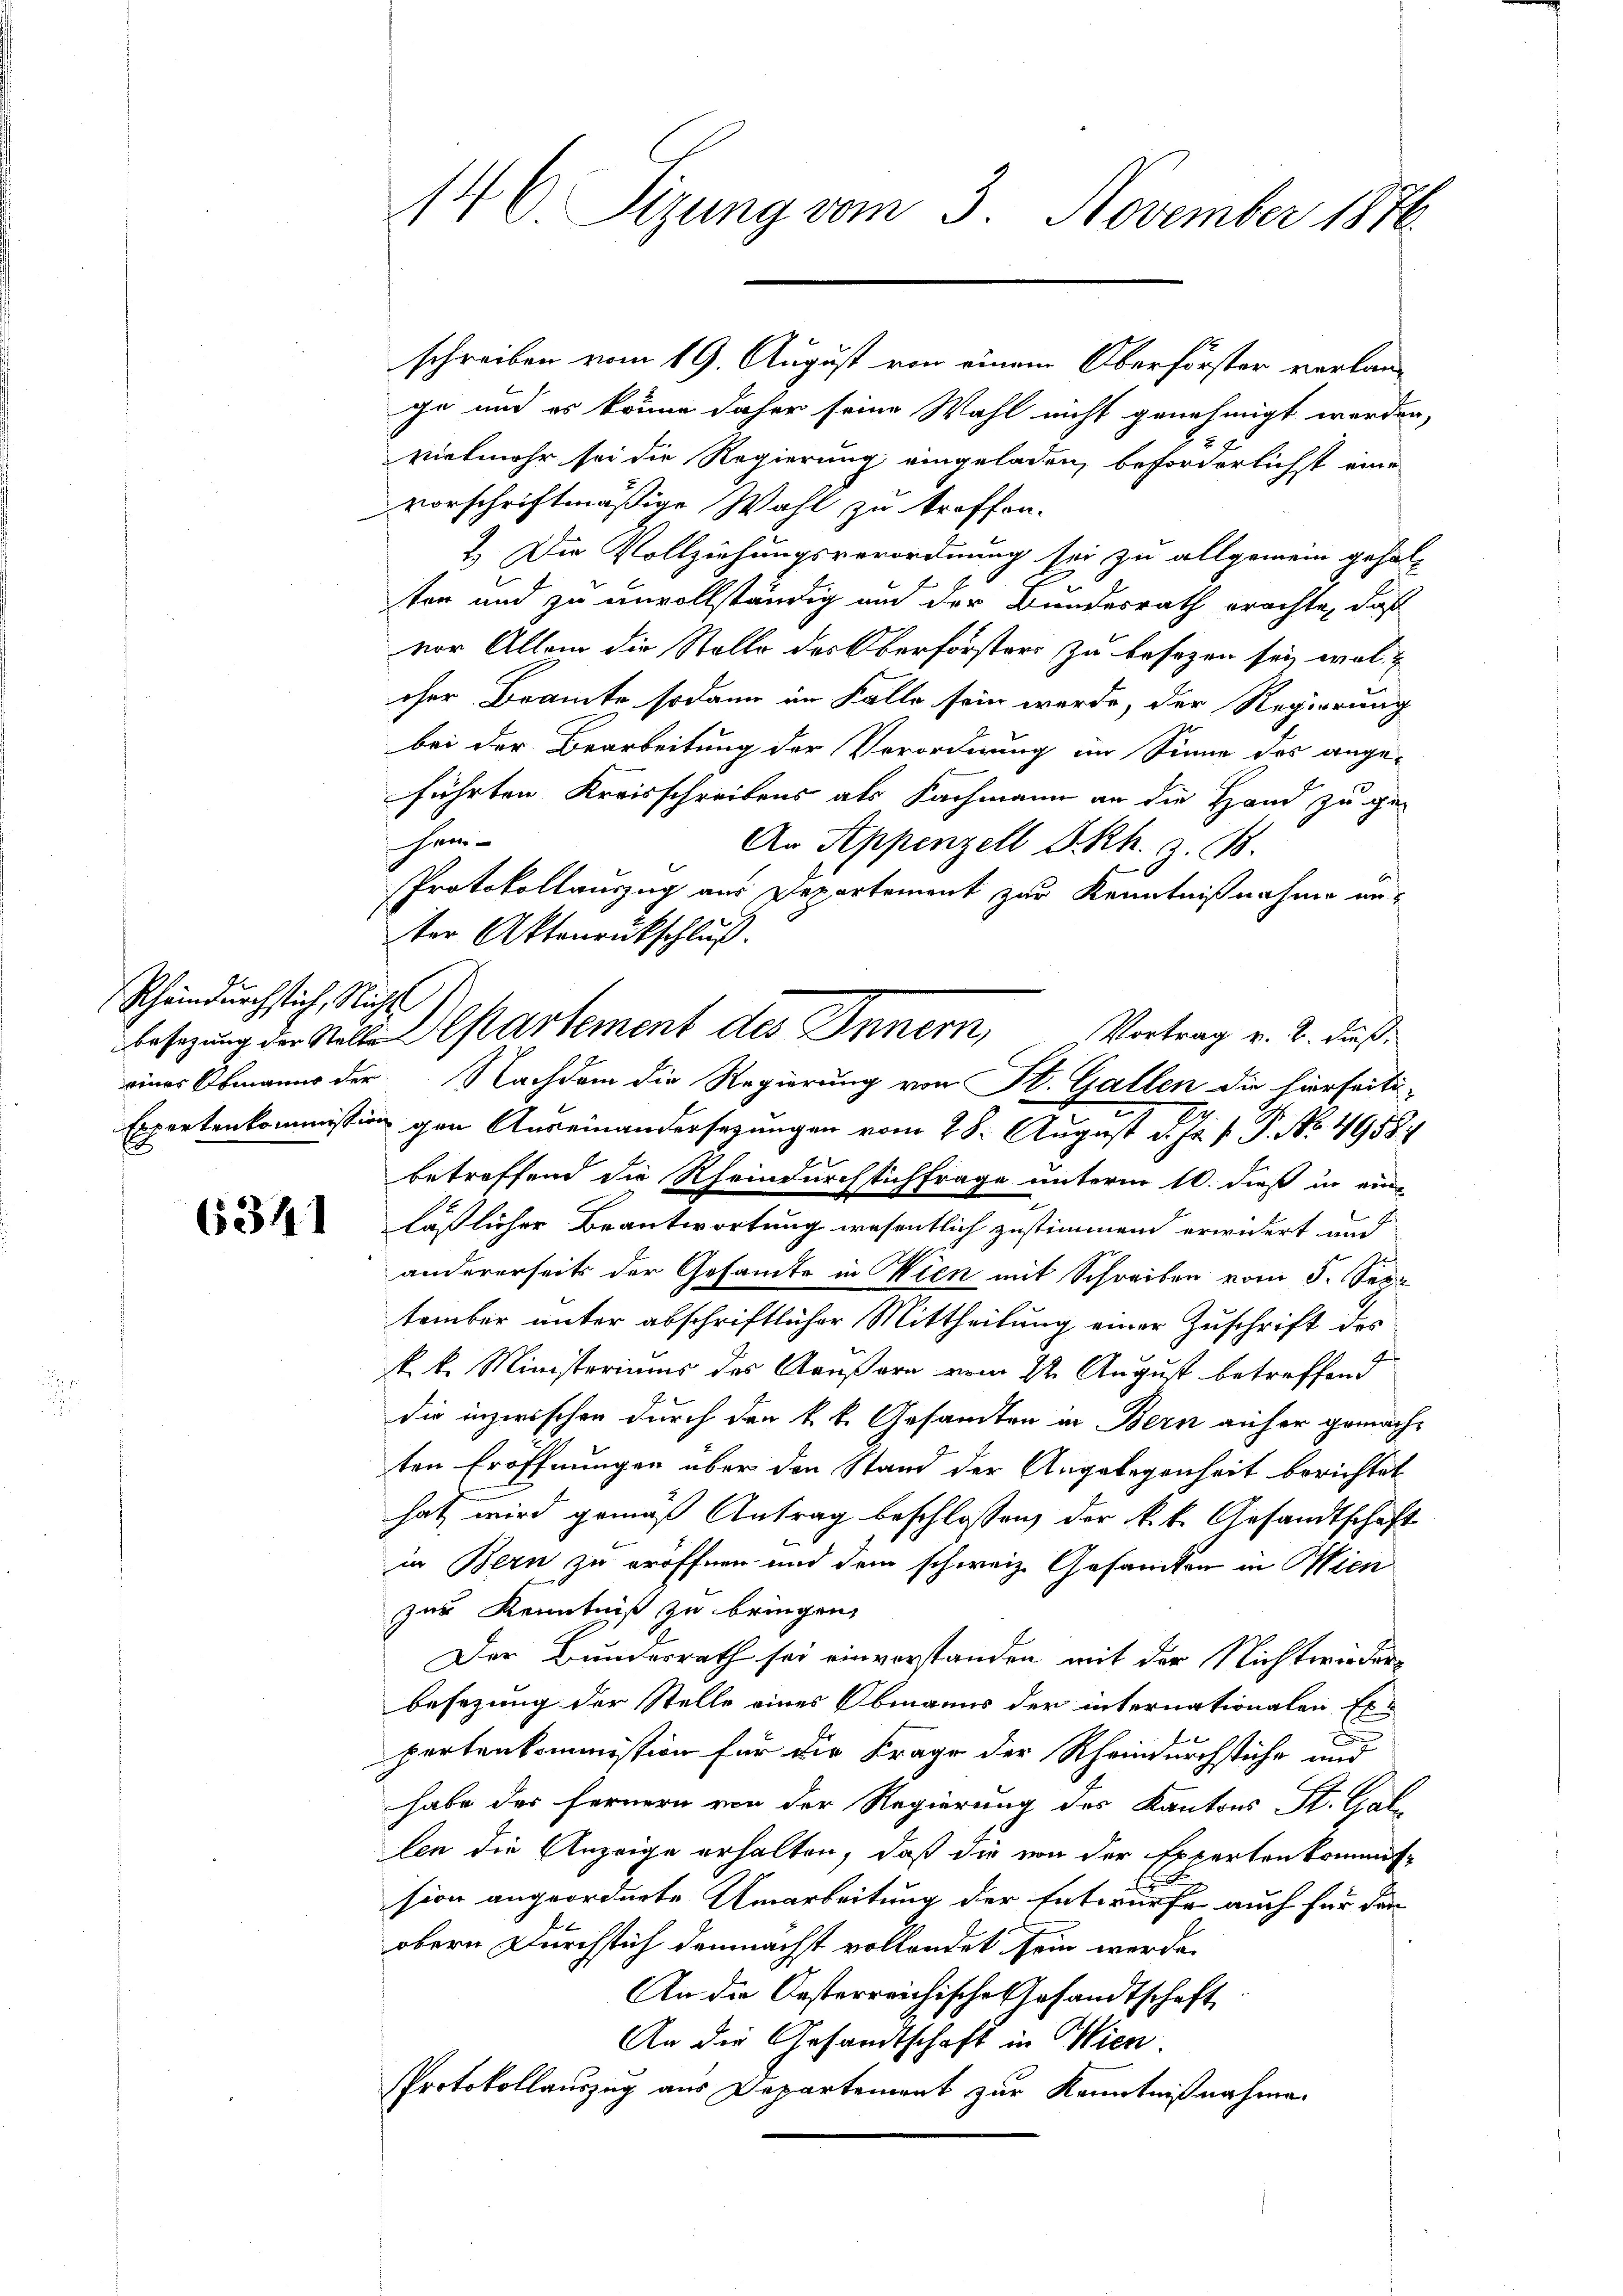
Rheindurchstich, Nicht

6341

146. Sizung vom 3. November 1876.

ge und es könne daher seine Wahl nicht genehmigt werden,
vielmehr sei die Regierung eingeladen, beförderlichst ein-
vorschriftmäßige Wahl zu treffen.
2.) Die Vollziehungsverordnung sei zu allgemein gehalt
ten und zu unvollständig und der Bundesrath erachte, daß
vor Allem die Stelle des Oberförsters zu besezen sei, wol
cher Beamte sodann im Falle sein werde, der Regierung
bei der Bearbeitung der Verordnung im Sinne des ange-
führten Kreisschreibens als Fachmann an die Hand zu ge-
hem
An Appenzell A.Rh. z. B.
Expertenkommission gen Auseinandersetzungen vom 28. August d. Js. v. P. No. 4958.
betreffend die Rheindurchsichfrage unterm 10. dieß in eine
lässlicher Beantwortung wesentlich zustimmend erwidert und
andererseits der Gesamte in Wien mit Schreiben vom 5. See-
tember unter abschriftlicher Mittheilung einer Zuschrift des
k. k. Ministeriums des Aeußern vom 22. August betreffend
die inzwischen durch den k. k. Gesandten in Bern auf er gemachten Eröffnungen über den Stand der Angelegenheit berichtet
hat wird gemäß Antrag beschlossen, der k.k. Gesandtschaft
in Bern zu eröffnen und dem schweiz. Gesandten in Wien
zur Kenntniß zu bringen,
Der Bundesrath sei einverstanden mit der Nichtwieder-
besezung der Stelle eines Obmanns der internationalen Exe
pertenkommission für die Frage der Rheindurchstühe und
habe des fernern von der Regierung des Kantons St. Gallen die Anzeige erhalten, daß die von der Expertenkommis-
sion angeordnete Umarbeitung der Entwurfe auch für den
obern Durchstich demnächst vollendet sein werde.
An die Oesterreichische Gesandtschaft
An die Gesandtschaft in Wien.
Protokollauszug aus Departement zur Kenntnißnahme.

schreiben vom 19. August von einem Oberförster verlan¬

Protokollauszug aus Departement zur Kenntnißnahme unter Aktenrückschluß.
Besizung der Mülle Departement des Innern, Vortrag v. 2. dießeiner Obmann der Nachdem die Regierung von St. Gallen die hierseiti-